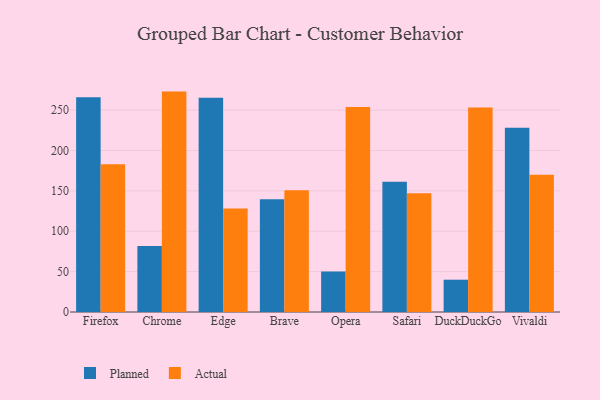
{"axis": {"x": "Browser", "y": "Page Views"}, "legend": ["Actual", "Planned"], "data": [{"x": "Firefox", "y": 265.8, "type": "Planned"}, {"x": "Firefox", "y": 183.0, "type": "Actual"}, {"x": "Chrome", "y": 81.8, "type": "Planned"}, {"x": "Chrome", "y": 272.9, "type": "Actual"}, {"x": "Edge", "y": 265.3, "type": "Planned"}, {"x": "Edge", "y": 128.2, "type": "Actual"}, {"x": "Brave", "y": 139.7, "type": "Planned"}, {"x": "Brave", "y": 150.8, "type": "Actual"}, {"x": "Opera", "y": 50.2, "type": "Planned"}, {"x": "Opera", "y": 253.9, "type": "Actual"}, {"x": "Safari", "y": 161.4, "type": "Planned"}, {"x": "Safari", "y": 147.1, "type": "Actual"}, {"x": "DuckDuckGo", "y": 40.0, "type": "Planned"}, {"x": "DuckDuckGo", "y": 253.2, "type": "Actual"}, {"x": "Vivaldi", "y": 228.0, "type": "Planned"}, {"x": "Vivaldi", "y": 170.0, "type": "Actual"}]}